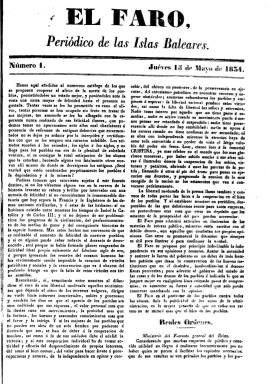
Título: El Faro (Palma de Mallorca)
Colección: Periódicos anteriores a 1850
Ámbito geográfico: Baleares
Lugar de publicación: Palma [de Mallorca]
Fechas: 15/05/1834-14/06/1834

Con el subtítulo “periódico de las Islas Baleares” se publica desde el jueves, 15 de mayo de 1834, hasta el 14 de junio de ese mismo año, al cesar por falta de suscritores y los obstáculos de una nueva reglamentación de la prensa, según se indica en su número 9 y último. Su prospecto es del uno de mayo y su salida estuvo promovida por el subdelegado de Fomento, Guillem Moragues i Rullan (1771-1836), poco antes de ser nombrado para el mismo cargo en Barcelona. Sus redactores fueron los abogados Pere Andreu y, especialmente, Jaume Pujol i Ginard (1794-1850), dirigente de la Sociedad Económica Mallorquina de Amigos del País y cofundador del Instituto Balear.

Publicó dos entregas cada semana (sin día fijo), en folio y de cuatro páginas, compuestas a dos columnas, por Felipe Guasp, que entonces ostentaba el rango de “impresor real”. Autodefinida como “revista”, inserta normas legales (reales decretos, circulares, etc.), junto a noticias extranjeras, nacionales, de las Baleares y locales, referidas a nombramientos oficiales, asuntos militares, de comercio, industria o economía, los precios de los productos de consumo, así como propuestas sobre mejoras y adelantos en las islas. Sus contenidos están estructurados bajo epígrafes, como Estracto político, Exterior, Interior, Intereses generales o provinciales, Noticias administrativas y económicas de la península o de estas islas.

Son más que escuetas noticias, al estar redactadas con una esmerada calidad y desde una óptica interpretativa y comentada por un destacado escritor y publicista como Pujol, traductor del francés Destutt de Tracy (1754-1836) y autor de obras sobre la lengua mallorquina, entre otras, que, según la bibliografía de referencia, desde su ideología liberal moderada polemizó con los progresistas desde este bisemanario de tan corta vida.

Desde ese mismo año 1834, Pujol será también regidor del Ayuntamiento de Palma y secretario de la Diputación Provincial, de cuyos cargos será destituido tras participar en el pronunciamiento que lleva al general Baldomero Espartero (1793-1879) a la Regencia de España, de septiembre de 1840, año en el que anunció publicar un semanario con el título La Época. Durante 1841 fue durante escaso tiempo cronista oficial de Mallorca, quien ya había publicado textos sobre la historia de este reino en las páginas de El Faro.

La colección de este título en la Biblioteca Nacional de España carece del número 2, que pudo aparecer el sábado, 17 de mayo de 1834, según su plan de publicación.